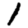
Digit: 1